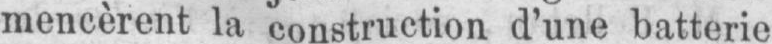
mencèrent la construction d’une batterie